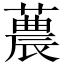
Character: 蕽